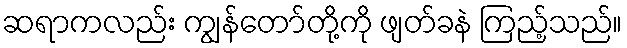
ဆရာကလည်း ကျွန်တော်တို့ကို ဖျတ်ခနဲ ကြည့်သည်။